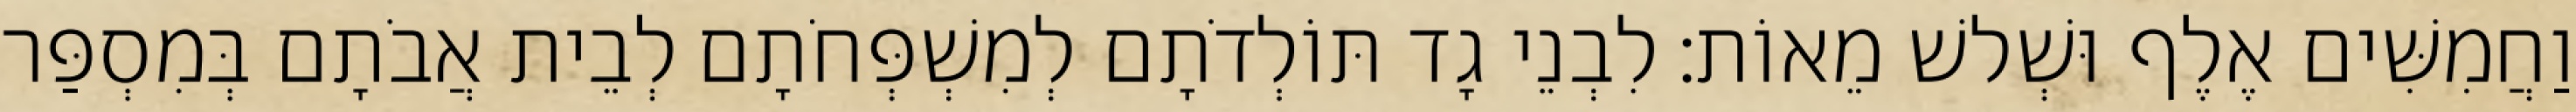
וַחֲמִשִּׁים אֶלֶף וּשְׁלשׁ מֵאוֹת׃ לִבְנֵי גָד תּוֹלְדֹתָם לְמִשְׁפְּחֹתָם לְבֵית אֲבֹתָם בְּמִסְפַּר